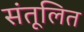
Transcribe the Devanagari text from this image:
संतूलित